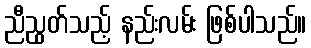
ညီညွတ်သည့် နည်းလမ်း ဖြစ်ပါသည်။